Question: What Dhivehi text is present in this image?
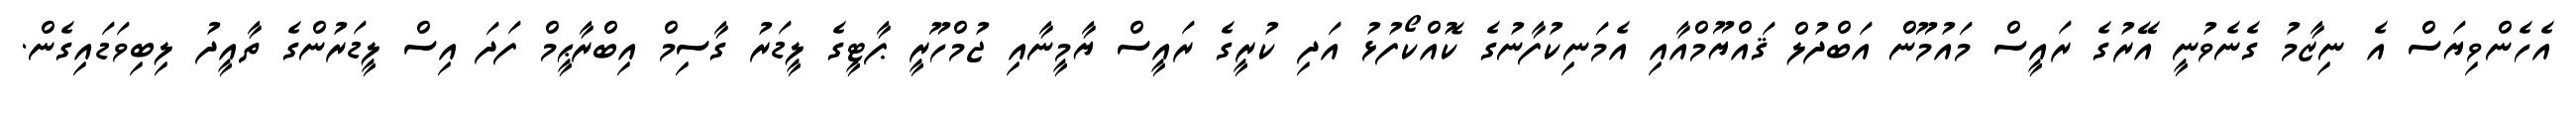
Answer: އެހެންވިޔަސް އެ ނިޒާމު ގެނެވުނީ އޭރުގެ ރައީސް މައުމޫން އަބްދުލް ޤައްޔޫމްއާއި އެމަނިކުފާނުގެ ކޮއްކޯފުޅު އަދި ކުރީގެ ރައީސް ޔާމީނާއި ޖުމްހޫރީ ޕާޓީގެ ލީޑަރު ގާސިމް އިބްރާޙީމް ފަދަ އިސް ލީޑަރުންގެ ތާއީދު ލިބިވަޑައިގެން.